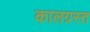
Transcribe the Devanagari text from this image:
कालग्रस्त